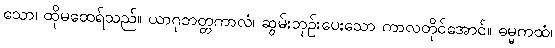
သော၊ ထိုမထေရ်သည်။ ယာဂုဘတ္တကာလံ၊ ဆွမ်းဘုဉ်းပေးသော ကာလတိုင်အောင်။ ဓမ္မကထံ၊